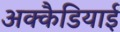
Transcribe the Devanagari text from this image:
अक्कैडियाई